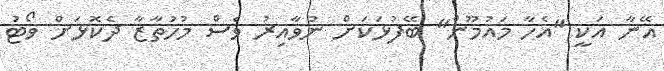
އޭނާ އަކީ "އެހާ މައުމޫން" ބޭފުޅަކަށް ނުވާއިރު ވެސް މުހުތާޒާ ދެކޮޅަށް ވޯޓު